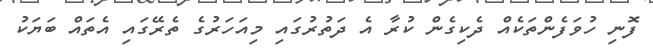
ފޮނި ހުވަފެންތަކެއް ދެކިގެން ކުރާ އެ ދަތުރުގައި މިއަހަރުގެ ތެރޭގައި އެތައް ބަޔަކު